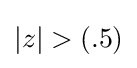
|z|>(.5)